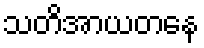
သတိအာယတနေ